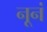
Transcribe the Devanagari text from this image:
नूनं